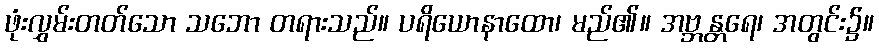
ဖုံးလွှမ်းတတ်သော သဘော တရားသည်။ ပရိယောနာထော၊ မည်၏။ အဗ္ဘန္တရေ၊ အတွင်း၌။